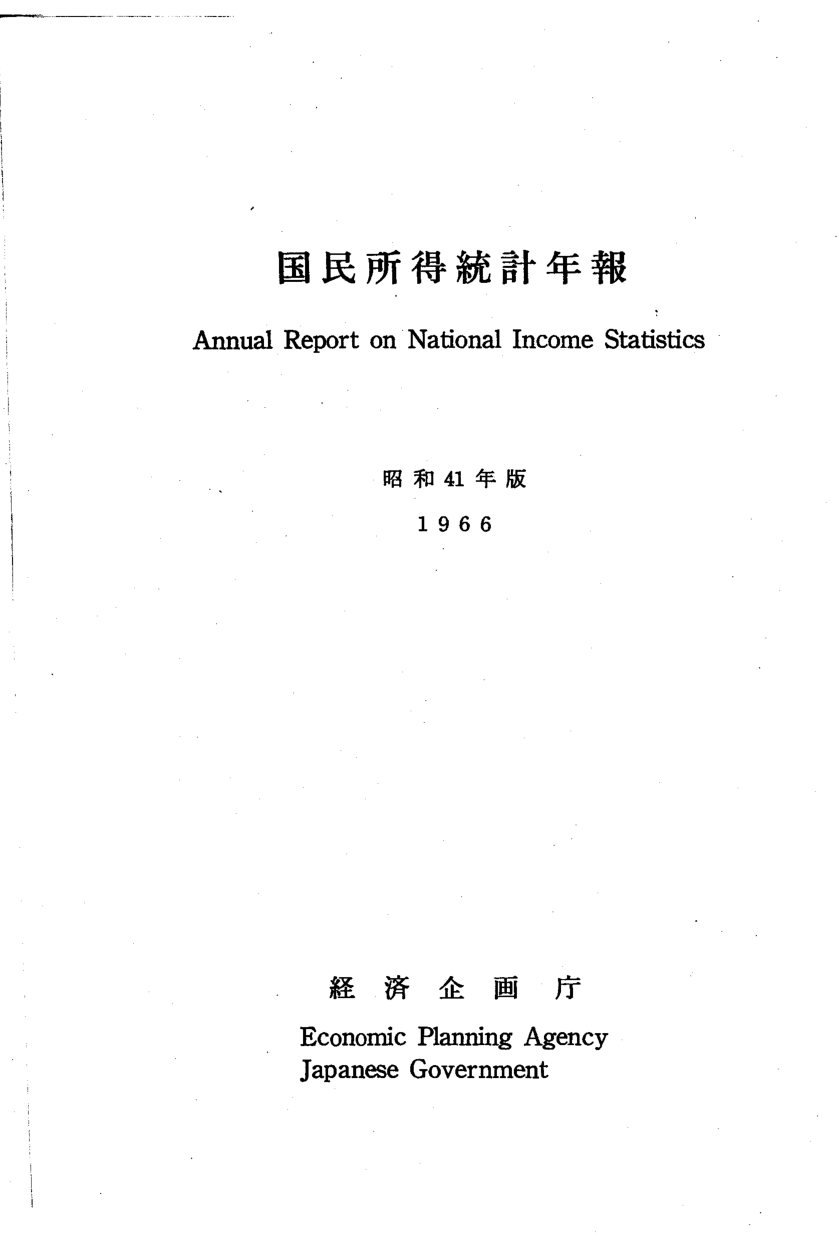
国民所得統計年報
Annual Report on National Income Statistics

昭和41年版
1966

経済企画庁
Economic Planning Agency
Japanese Government